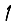
Digit: 1